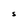
Character: 5